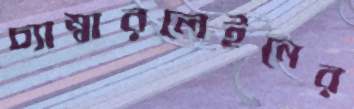
চ্যাম্বারলেইনের